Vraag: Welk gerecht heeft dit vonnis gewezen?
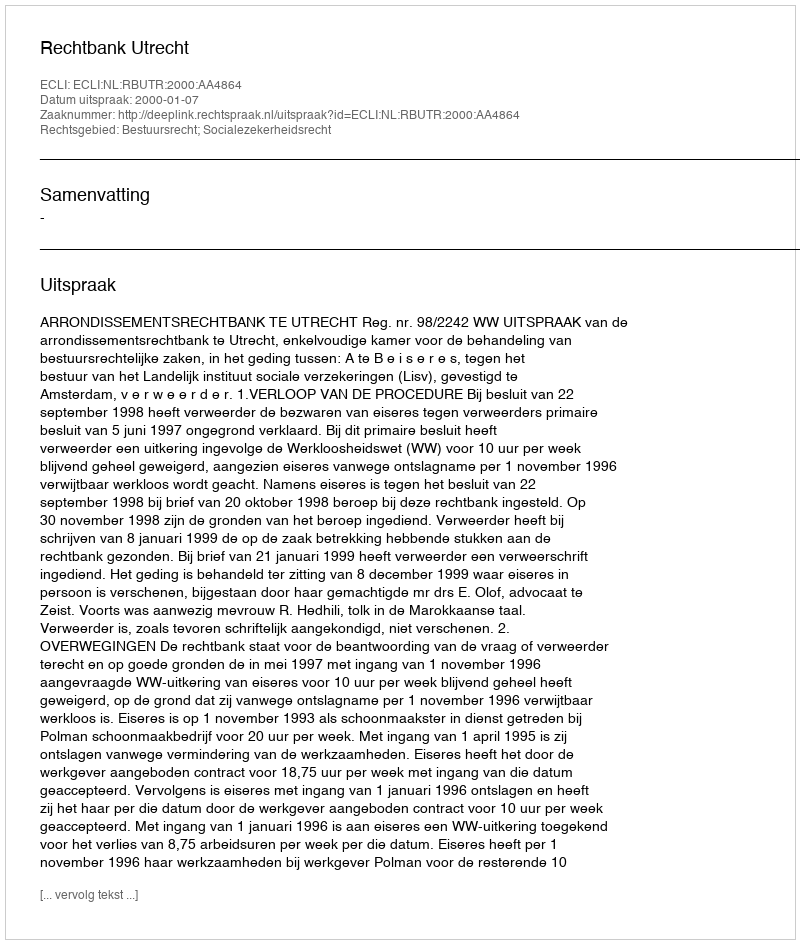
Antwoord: Rechtbank Utrecht